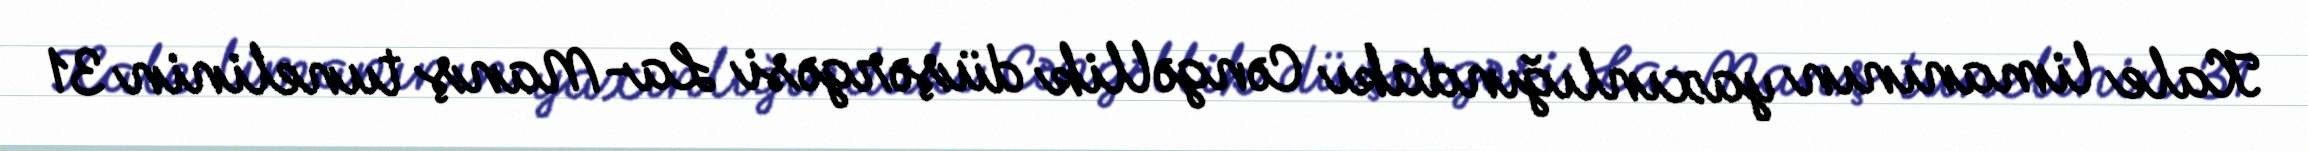
Kale limanının yaxınlığındakı Cəngəllik düşərgəsi La-Manş tunelinin 31